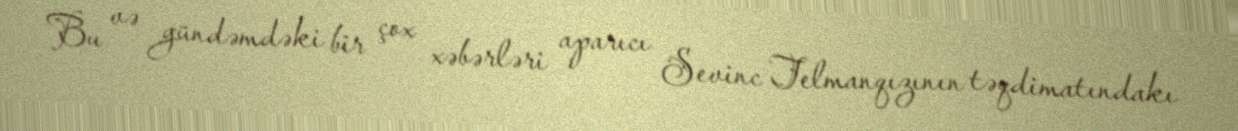
Bu və gündəmdəki bir çox xəbərləri aparıcı Sevinc Telmanqızının təqdimatındakı